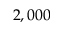
2 , 0 0 0